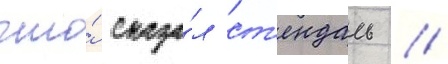
что́ сказа́л ст'ендаль //